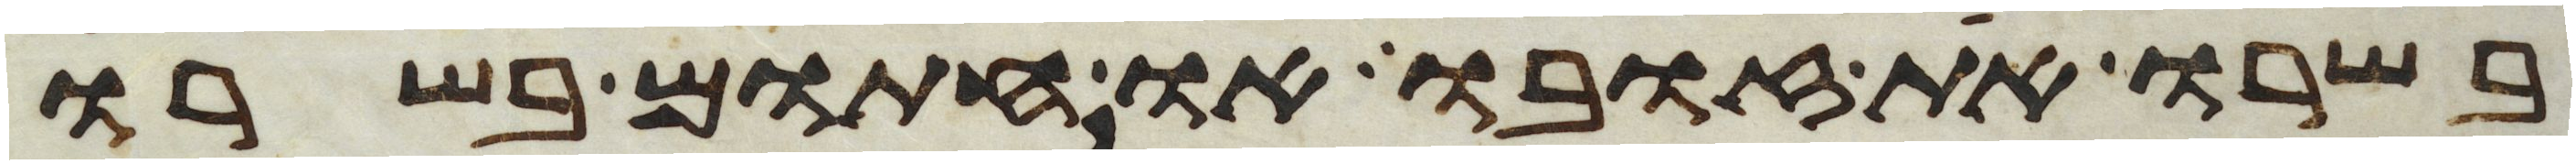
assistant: בשרו את זובו או חתום בשרו